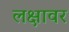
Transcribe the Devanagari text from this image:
लक्षावर